38_143685_box_Incident_Summaries_101-172
Agency: Department of War
Page 118
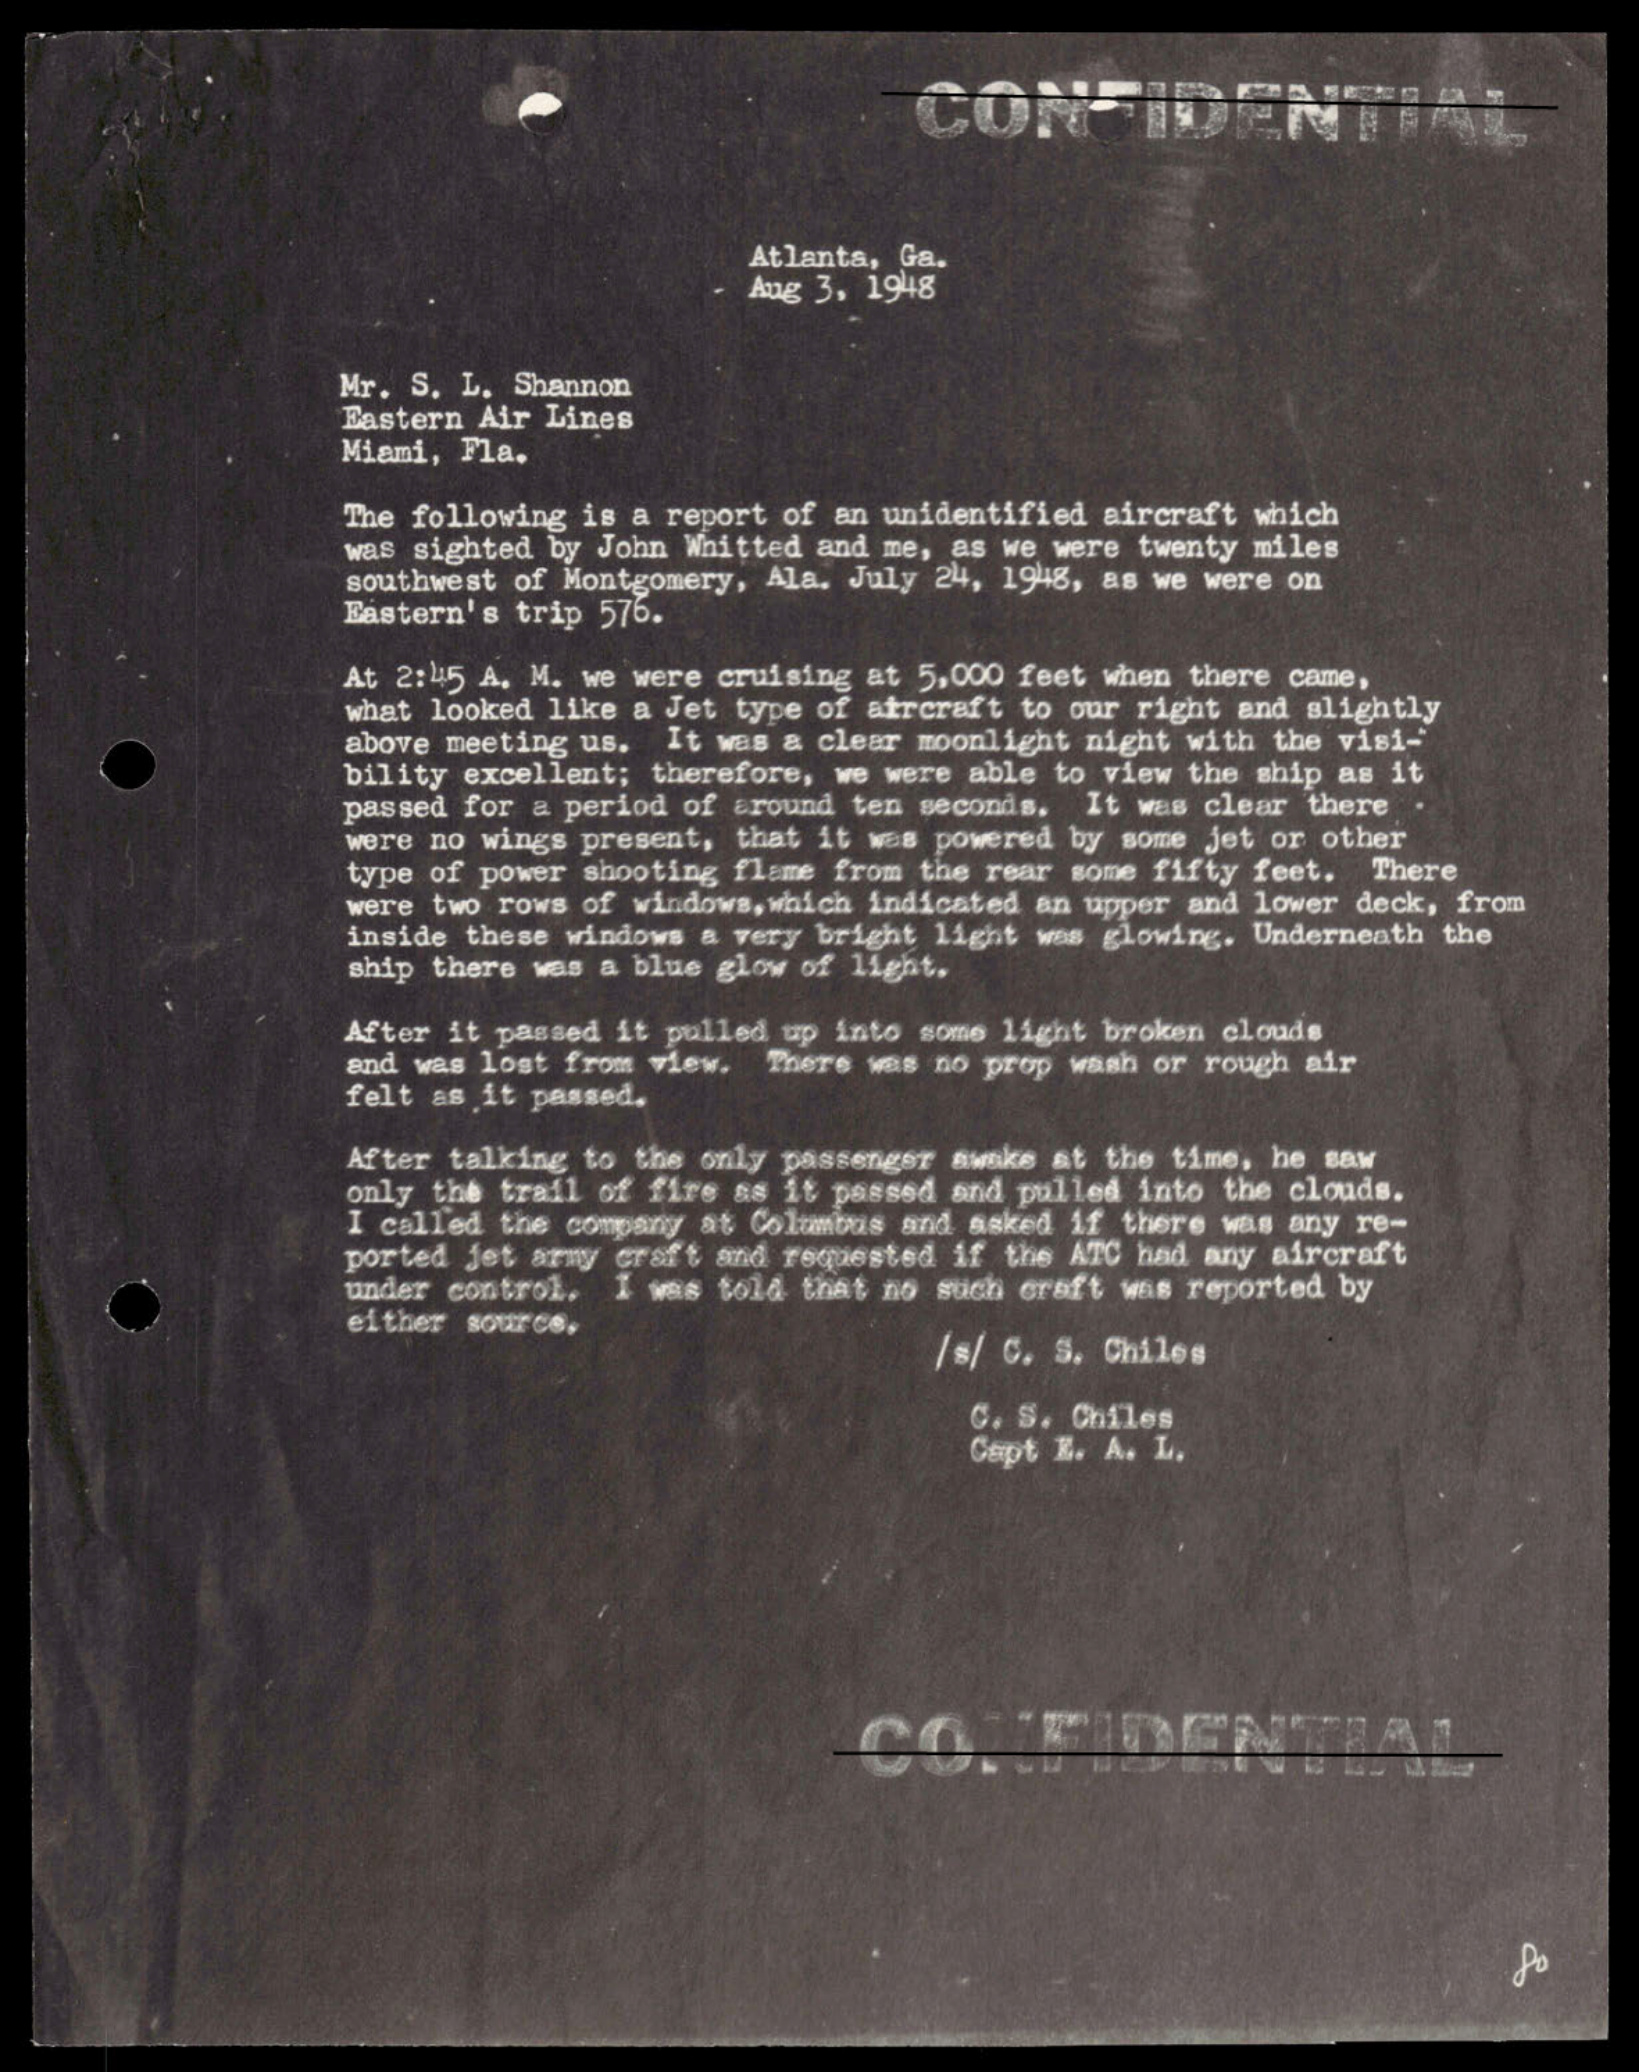